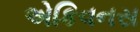
એકિવનસ